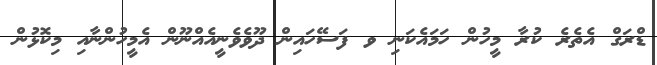
ޑްރަގް އެތެރެ ކުރާ މީހުން ހަމައެކަނި ވ ފަސޭހައިން ދޫވެވެނީއެއްނޫން އެމީހުންނާއި މިކޮޅުން